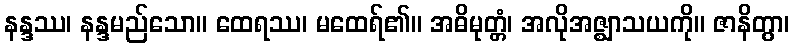
နန္ဒဿ၊ နန္ဒမည်သော။ ထေရဿ၊ မထေရ်၏။ အဓိမုတ္တံ၊ အလိုအဇ္ဈာသယကို။ ဇာနိတွာ၊